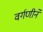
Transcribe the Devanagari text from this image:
वर्गणीने